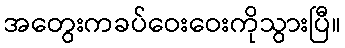
အတွေးကခပ်ဝေးဝေးကိုသွားပြီ။